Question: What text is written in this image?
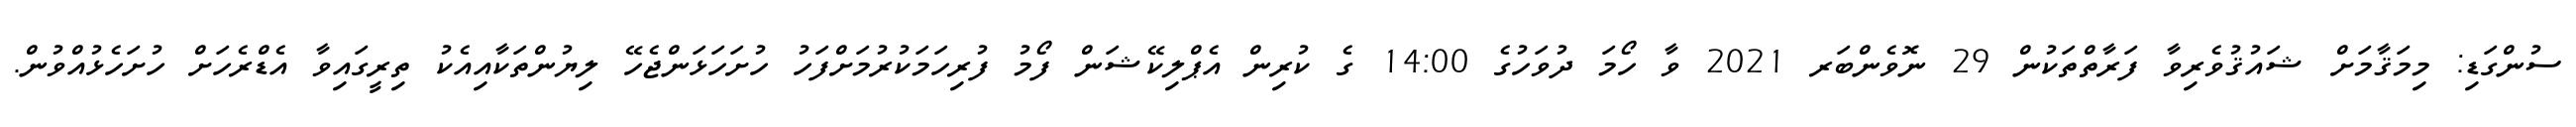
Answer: ސުންގަޑި: މިމަޤާމަށް ޝައުޤުވެރިވާ ފަރާތްތަކުން 29 ނޮވެންބަރ 2021 ވާ ހޯމަ ދުވަހުގެ 14:00 ގެ ކުރިން އެޕްލިކޭޝަން ފޯމު ފުރިހަމަކުރުމަށްފަހު ހުށަހަޅަންޖެހޭ ލިޔުންތަކާއިއެކު ތިރީގައިވާ އެޑްރެހަށް ހުށަހެޅުއްވުން.